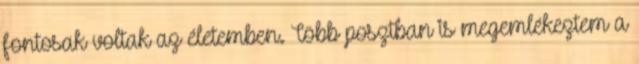
fontosak voltak az életemben. Több posztban is megemlékeztem a